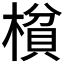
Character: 𰘝